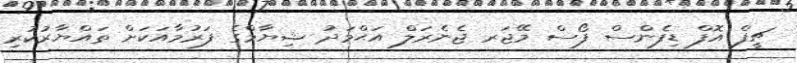
ޗީފް އޮފް ޑިފެންސް ފޯސް މޭޖަރ ޖެނެރަލް އަޙްމަދު ޝިޔާމްގެ ފަރުމާއަކަށް ތައްޔާރުކުރި